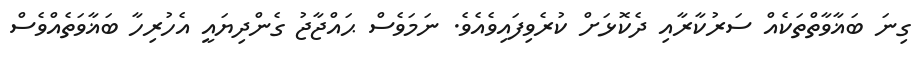
ގިނަ ބަޣާވާތްތަކެއް ސަރުކާރާއި ދެކޮޅަށް ކުރެވިފައިވެއެވެ. ނަމަވެސް ޙައްޖާޖު ގެންދިޔައީ އެހުރިހާ ބަޣާވަތެއްވެސް